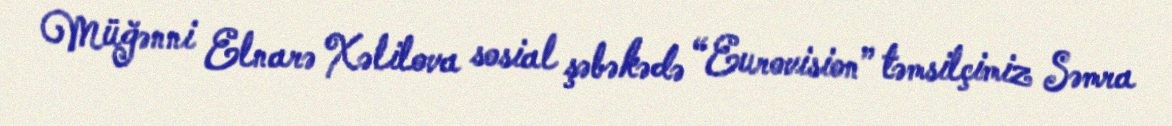
Müğənni Elnarə Xəlilova sosial şəbəkədə “Eurovision” təmsilçimiz Səmra